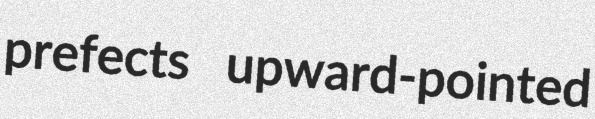
prefects upward-pointed